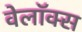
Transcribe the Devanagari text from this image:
वेलॉक्स